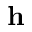
{ \bf h }